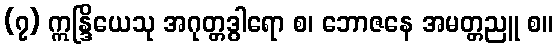
(၇) ဣန္ဒြိယေသု အဂုတ္တဒွါရော စ၊ ဘောဇနေ အမတ္တညူ စ။